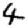
Digit: 4